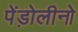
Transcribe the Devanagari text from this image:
पेंड़ोलीनो